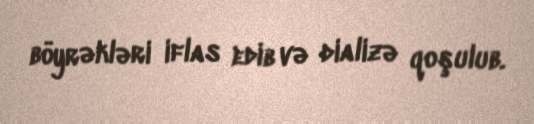
böyrəkləri iflas edib və dializə qoşulub.